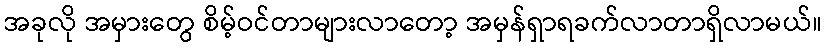
အခုလို အမှားတွေ စိမ့်ဝင်တာများလာတော့ အမှန်ရှာရခက်လာတာရှိလာမယ်။